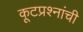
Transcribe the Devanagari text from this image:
कूटप्रश्नांची